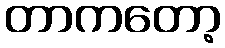
တာကတော့